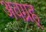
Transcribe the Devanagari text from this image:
अवग्रह्